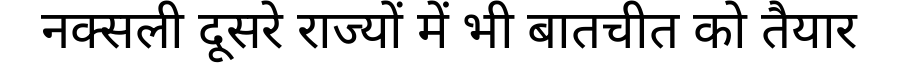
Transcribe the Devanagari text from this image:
नक्सली दूसरे राज्यों में भी बातचीत को तैयार